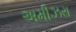
અમીઝરા